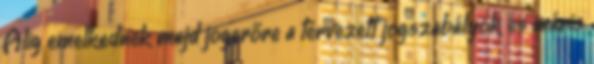
Alig emelkednek majd jogerőre a tervezett jogszabályok és máris